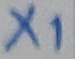
Text: X1